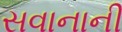
સવાનાની